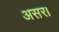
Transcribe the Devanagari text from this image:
असर।